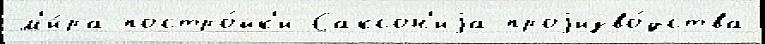
м'и́ра постро́йк'и Саксон'иjа проjизво́дства